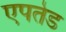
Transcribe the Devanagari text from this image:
एपतेड